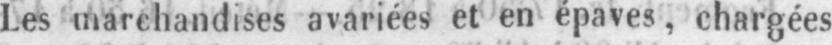
Les marchandises avariées et en épaves, chargées